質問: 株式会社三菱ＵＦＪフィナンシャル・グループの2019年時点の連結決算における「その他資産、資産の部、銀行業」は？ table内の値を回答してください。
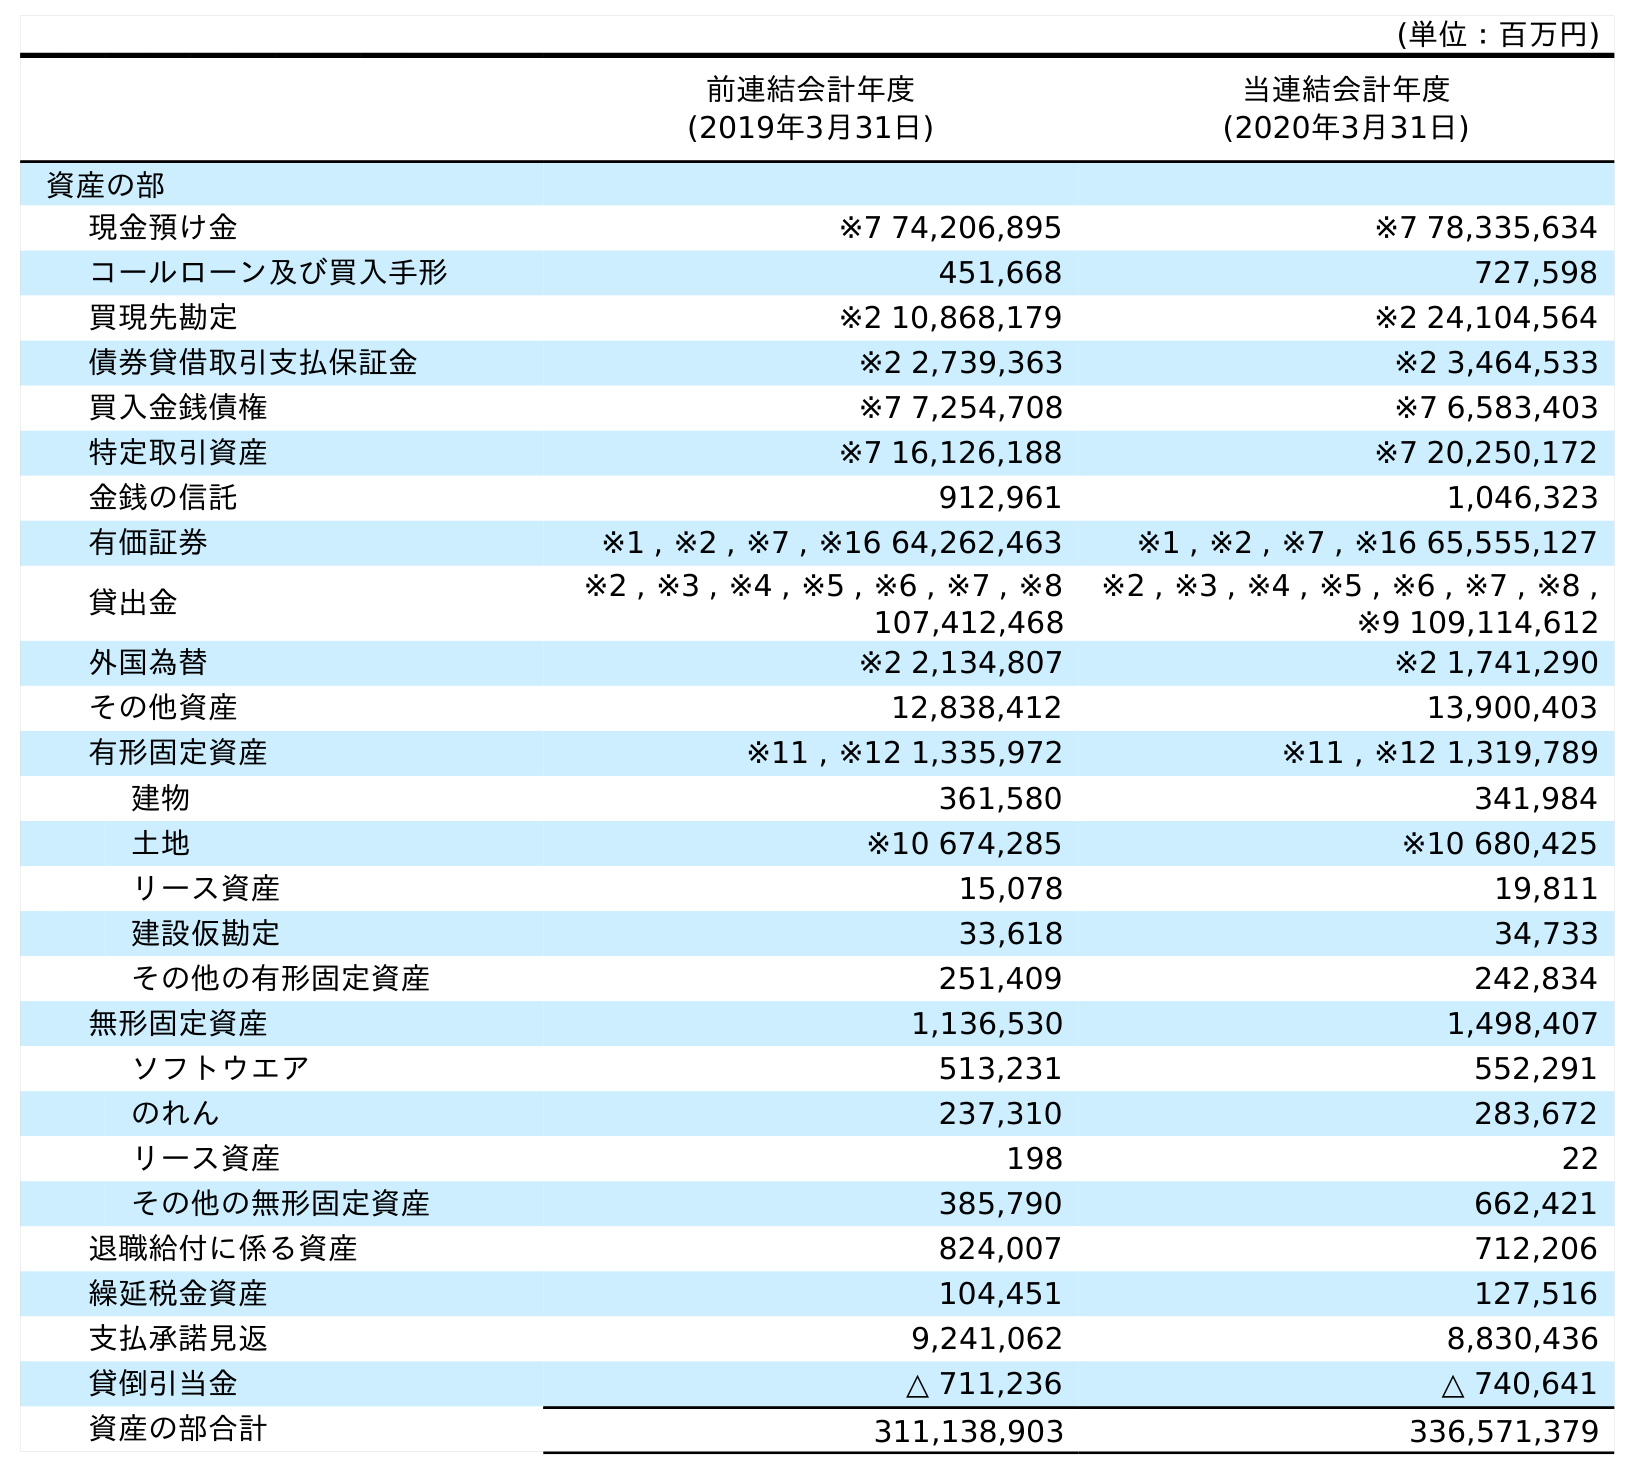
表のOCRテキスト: (単位：百万円) 前連結会計年度 (2019年3月31日) 当連結会計年度 (2020年3月31日) 資産の部 現金預け金 ※7 74,206,895 ※7 78,335,634 コールローン及び買入手形 451,668 727,598 買現先勘定 ※2 10,868,179 ※2 24,104,564 債券貸借取引支払保証金 ※2 2,739,363 ※2 3,464,533 買入金銭債権 ※7 7,254,708 ※7 6,583,403 特定取引資産 ※7 16,126,188 ※7 20,250,172 金銭の信託 912,961 1,046,323 有価証券 ※1 , ※2 , ※7 , ※16 64,262,463 ※1 , ※2 , ※7 , ※16 65,555,127 貸出金 ※2 , ※3 , ※4 , ※5 , ※6 , ※7 , ※8 107,412,468 ※2 , ※3 , ※4 , ※5 , ※6 , ※7 , ※8 , ※9 109,114,612 外国為替 ※2 2,134,807 ※2 1,741,290 その他資産 12,838,412 13,900,403 有形固定資産 ※11 , ※12 1,335,972 ※11 , ※12 1,319,789 建物 361,580 341,984 土地 ※10 674,285 ※10 680,425 リース資産 15,078 19,811 建設仮勘定 33,618 34,733 その他の有形固定資産 251,409 242,834 無形固定資産 1,136,530 1,498,407 ソフトウエア 513,231 552,291 のれん 237,310 283,672 リース資産 198 22 その他の無形固定資産 385,790 662,421 退職給付に係る資産 824,007 712,206 繰延税金資産 104,451 127,516 支払承諾見返 9,241,062 8,830,436 貸倒引当金 △ 711,236 △ 740,641 資産の部合計 311,138,903 336,571,379
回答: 12,838,412